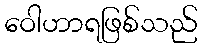
ဝေါဟာရဖြစ်သည်